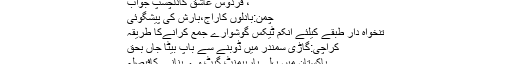
، فردوس عاشق کادلچسپ جواب
چمن:بادلوں کاراج،بارش کی پیشگوئی
تنخواہ دار طبقے کیلئے انکم ٹیکس گوشوارے جمع کرانےکا طریقہ
کراچی:گاڑی سمندر میں ڈوبنے سے باپ بیٹا جاں بحق
پاکستان میں پہلی بارپیمنٹ گیٹ وے بنانے کافیصلہ